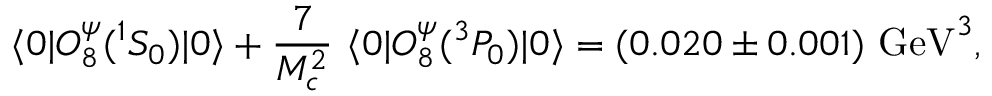
\langle 0 | O _ { 8 } ^ { \psi } ( ^ { 1 } S _ { 0 } ) | 0 \rangle + { \frac { 7 } { M _ { c } ^ { 2 } } } ~ \langle 0 | O _ { 8 } ^ { \psi } ( ^ { 3 } P _ { 0 } ) | 0 \rangle = ( 0 . 0 2 0 \pm 0 . 0 0 1 ) ~ \mathrm { G e V } ^ { 3 } ,